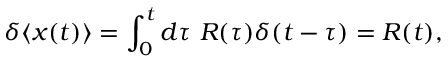
\delta \langle \boldsymbol { x } ( t ) \rangle = \int _ { 0 } ^ { t } d \tau ~ \boldsymbol { R } ( \tau ) \delta ( t - \tau ) = \boldsymbol { R } ( t ) ,